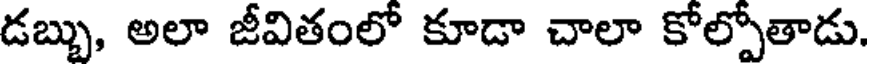
డబ్బు, అలా జీవితంలో కూడా చాలా కోల్పోతాడు.